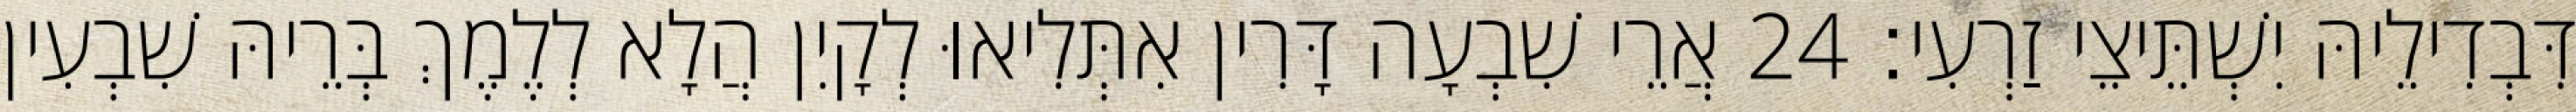
דִּבְדִילֵיהּ יִשְׁתֵּיצֵי זַרְעִי׃ 24 אֲרֵי שִׁבְעָה דָּרִין אִתְּלִיאוּ לְקָיִן הֲלָא לְלֶמֶךְ בְּרֵיהּ שִׁבְעִין